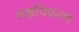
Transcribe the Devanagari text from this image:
लक्षयिकरण